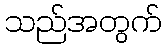
သည်အတွက်